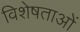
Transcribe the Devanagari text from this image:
विशेषताओें